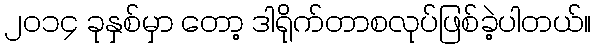
၂ဝ၁၄ ခုနှစ်မှာ တော့ ဒါရိုက်တာစလုပ်ဖြစ်ခဲ့ပါတယ်။